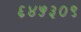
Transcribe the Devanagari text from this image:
६४५३०९